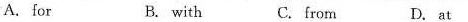
A. for B. with C.from D. at